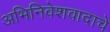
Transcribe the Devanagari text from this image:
अभिनिवेशवादाचे